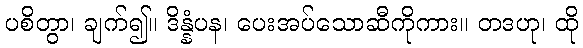
ပစိတွာ၊ ချက်၍။ ဒိန္နံပန၊ ပေးအပ်သောဆီကိုကား။ တဒဟု၊ ထို